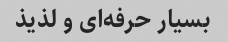
بسیار حرفه‌ای و لذیذ